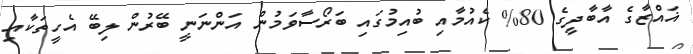
ޣައްޒާގެ އާބާދީގެ 80% ކެއުމާއި ބުއިމުގައި ބަރޯސާވަމުން އަންނަނީ ބޭރުން ލިބޭ އެހީތަކާއި